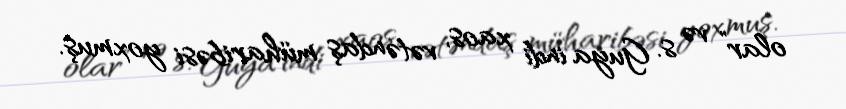
olar” və s. Guya indi xaos, vətəndaş müharibəsi yoxmuş.